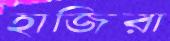
হাজিরা